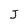
Character: J